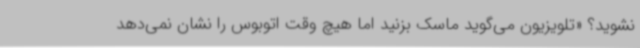
نشوید؟ «تلویزیون می‌گوید ماسک بزنید اما هیچ وقت اتوبوس را نشان نمی‌دهد